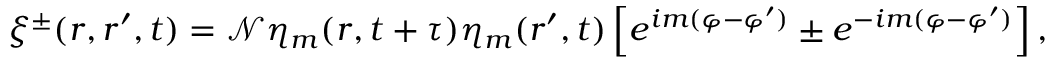
\xi ^ { \pm } ( \boldsymbol { r } , \boldsymbol { r } ^ { \prime } , t ) = \mathcal { N } \eta _ { m } ( \boldsymbol { r } , t + \tau ) \eta _ { m } ( \boldsymbol { r } ^ { \prime } , t ) \left[ e ^ { i m ( \varphi - \varphi ^ { \prime } ) } \pm e ^ { - i m ( \varphi - \varphi ^ { \prime } ) } \right] ,